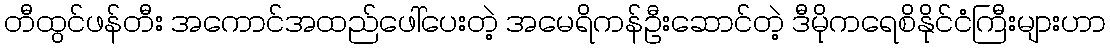
တီထွင်ဖန်တီး အကောင်အထည်ဖေါ်ပေးတဲ့ အမေရိကန်ဦးဆောင်တဲ့ ဒီမိုကရေစိနိုင်ငံကြီးများဟာ